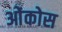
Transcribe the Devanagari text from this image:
ओंकोस